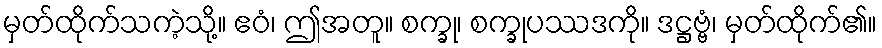
မှတ်ထိုက်သကဲ့သို့။ ဧဝံ၊ ဤအတူ။ စက္ခု၊ စက္ခုပဿဒကို။ ဒဋ္ဌဗ္ဗံ၊ မှတ်ထိုက်၏။